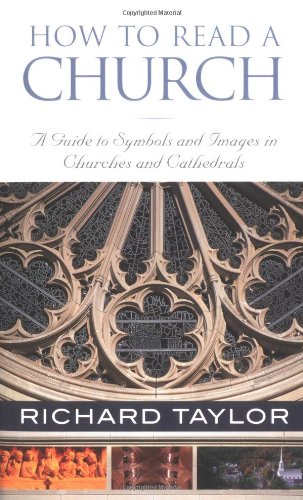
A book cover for How to Read a Church: A Guide to Symbols and Images in Churches and Cathedrals; Richard Taylor; Arts & Photography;